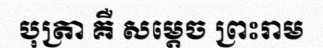
បុត្រា គឺ សម្តេច ព្រះរាម